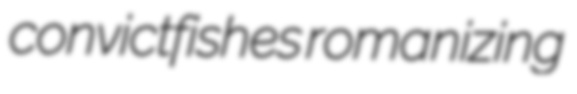
convictfishes romanizing